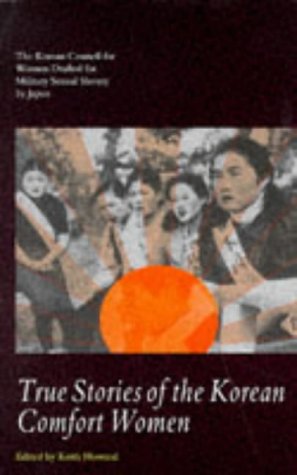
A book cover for True Stories of the Korean Comfort Women: The Korean Council for Women Drafted for Military... (Cassell Global Issues Series); Korean Council for Women Drafted for Military Sexual Slavery by Japan; Politics & Social Sciences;